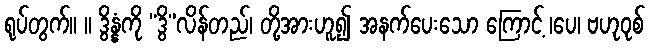
ရုပ်တွက်။ ။ ဒွိန္နံကို “ဒွိ”လိန်တည်၊ တို့အားဟူ၍ အနက်ပေးသော ကြောင့် ၊ပေ၊ ဗဟုဝုစ်